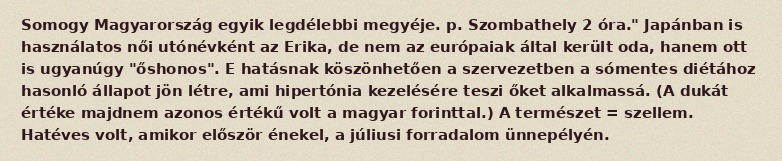
Somogy Magyarország egyik legdélebbi megyéje. p. Szombathely 2 óra." Japánban is használatos női utónévként az Erika, de nem az európaiak által került oda, hanem ott is ugyanúgy "őshonos". E hatásnak köszönhetően a szervezetben a sómentes diétához hasonló állapot jön létre, ami hipertónia kezelésére teszi őket alkalmassá. (A dukát értéke majdnem azonos értékű volt a magyar forinttal.) A természet = szellem. Hatéves volt, amikor először énekel, a júliusi forradalom ünnepélyén.